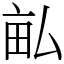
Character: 畆